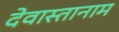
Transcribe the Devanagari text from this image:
देवास्तानाम